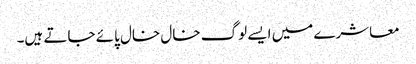
معاشرے میں ایسے لوگ خال خال پائے جاتے ہیں۔